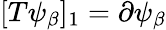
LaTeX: [T\psi_{\beta}]_{1}=\partial\psi_{\beta}